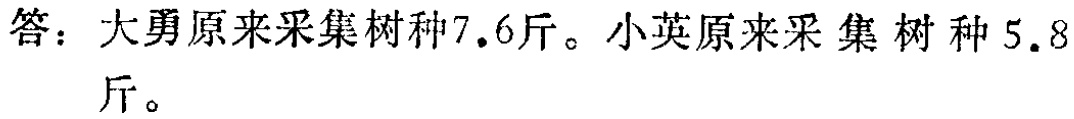
答：大勇原来采集树种$7.6$斤。小英原来采集树种$5.8$斤。